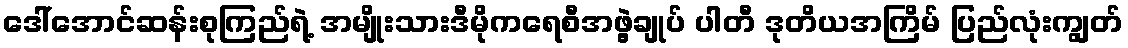
ဒေါ်အောင်ဆန်းစုကြည်ရဲ့ အမျိုးသားဒီမိုကရေစီအဖွဲ့ချုပ် ပါတီ ဒုတိယအကြိမ် ပြည်လုံးကျွတ်